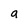
Character: a